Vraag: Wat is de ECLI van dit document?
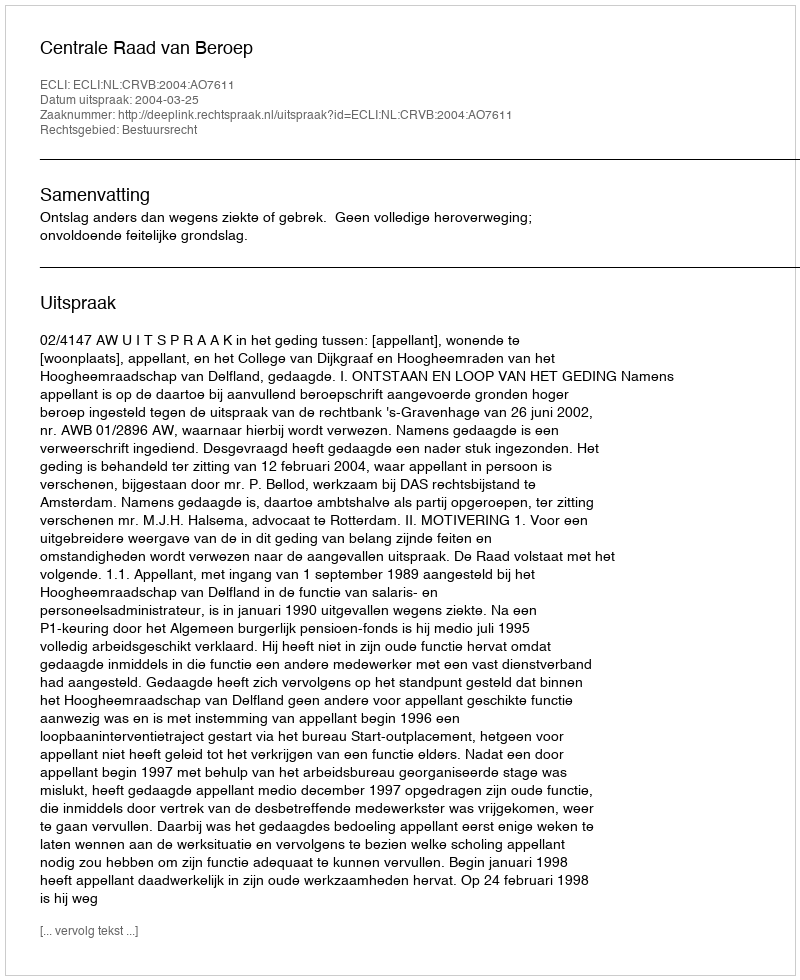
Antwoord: ECLI:NL:CRVB:2004:AO7611